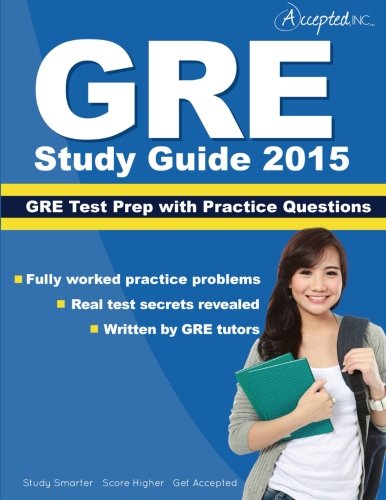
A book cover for GRE Study Guide 2015: GRE Test Prep with Practice Questions; GRE Study Guide 2015 Team; Test Preparation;